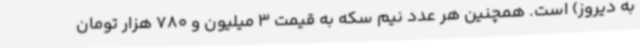
به دیروز) است. همچنین هر عدد نیم سکه به قیمت 3 میلیون و 780 هزار تومان